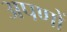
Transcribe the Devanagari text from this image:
अपणों